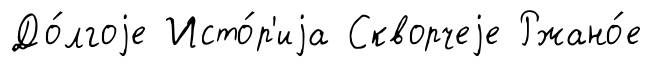
До́лгоjе Исто́р'иjа Скворчеjе Ржано́е